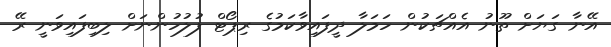
އޭނާ ގަޔަށް ތޫނު އެއްޗަކުން ހަމަލާ ދީފައިވާކަމުގެ ރިޕޯޓް ފުލުހުންނަށް ލިބިފައިވަނީ ރޭ